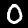
Digit: 0